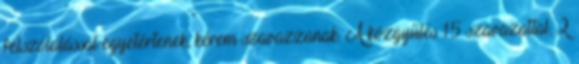
felszólalással egyetértenek, kérem szavazzanak. A közgyűlés 15 szavazattal, 2